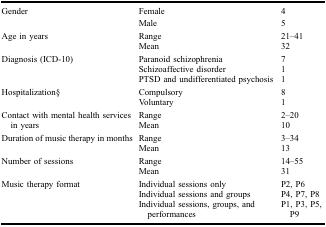
| Gender | Female | 4 |
 | --- | --- | --- |
 |  | Male | 5 |
 | <ROWSPAN=2> Age in years | Range | 21–41 |
 | Mean | 32 |
 | <ROWSPAN=3> Diagnosis (ICD-10) | Paranoid schizophrenia | 7 |
 | Schizoaffective disorder | 1 |
 | PTSD and undifferentiated psychosis | 1 |
 | <ROWSPAN=2> Hospitalization§ | Compulsory | 8 |
 | Voluntary | 1 |
 | <ROWSPAN=2> Contact with mental health services in years | Range | 2–20 |
 | Mean | 10 |
 | <ROWSPAN=2> Duration of music therapy in months | Range | 3–34 |
 | Mean | 13 |
 | <ROWSPAN=2> Number of sessions | Range | 14–55 |
 | Mean | 31 |
 | <ROWSPAN=3> Music therapy format | Individual sessions only | P2, P6 |
 | Individual sessions and groups | P4, P7, P8 |
 | Individual sessions, groups, and performances | P1, P3, P5, P9 |